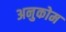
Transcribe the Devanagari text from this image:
अनुकोम